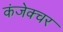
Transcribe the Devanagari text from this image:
कंजेक्चर